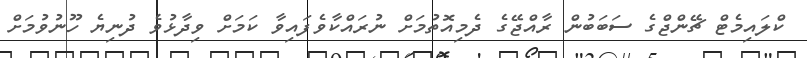
ކްލައިމެޓް ޗޭންޖްގެ ސަބަބުން ރާއްޖޭގެ ދެމިއޮތުމަށް ނުރައްކާވެފައިވާ ކަމަށް ވިދާޅުވެ ދުނިޔެ ހޫނުވުމަށް